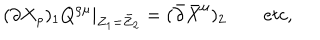
LaTeX: ( \partial X _ { \rho } ) _ { 1 } Q ^ { \rho \mu } | _ { Z _ { 1 } = \bar { Z } _ { 2 } } = ( \bar { \partial } \bar { X } ^ { \mu } ) _ { 2 } \qquad e t c ,